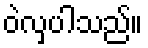
ဝဲလှပါသည်။